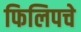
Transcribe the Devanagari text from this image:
फिलिपचे